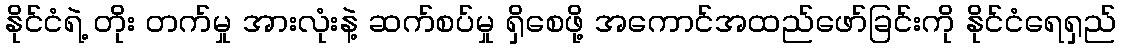
နိုင်ငံရဲ့ တိုး တက်မှု အားလုံးနဲ့ ဆက်စပ်မှု ရှိစေဖို့ အကောင်အထည်ဖော်ခြင်းကို နိုင်ငံရေရှည်